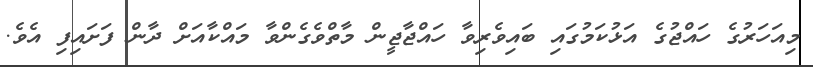
މިއަހަރުގެ ހައްޖުގެ އަޅުކަމުގައި ބައިވެރިވާ ހައްޖާޖީން މާތްވެގެންވާ މައްކާއަށް ދާން ފަށައިފި އެވެ.